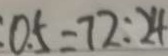
0 . 5 = 7 2 : 2 4